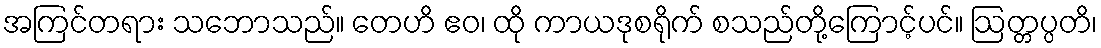
အကြင်တရား သဘောသည်။ တေဟိ ဧဝ၊ ထို ကာယဒုစရိုက် စသည်တို့ကြောင့်ပင်။ ဩတ္တပ္ပတိ၊